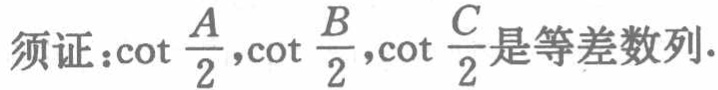
须证：\(\cot\frac{A}{2},\cot\frac{B}{2},\cot\frac{C}{2}\)是等差数列.